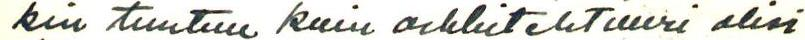
kin tuntuu kuin arkkitehtuuri olisi